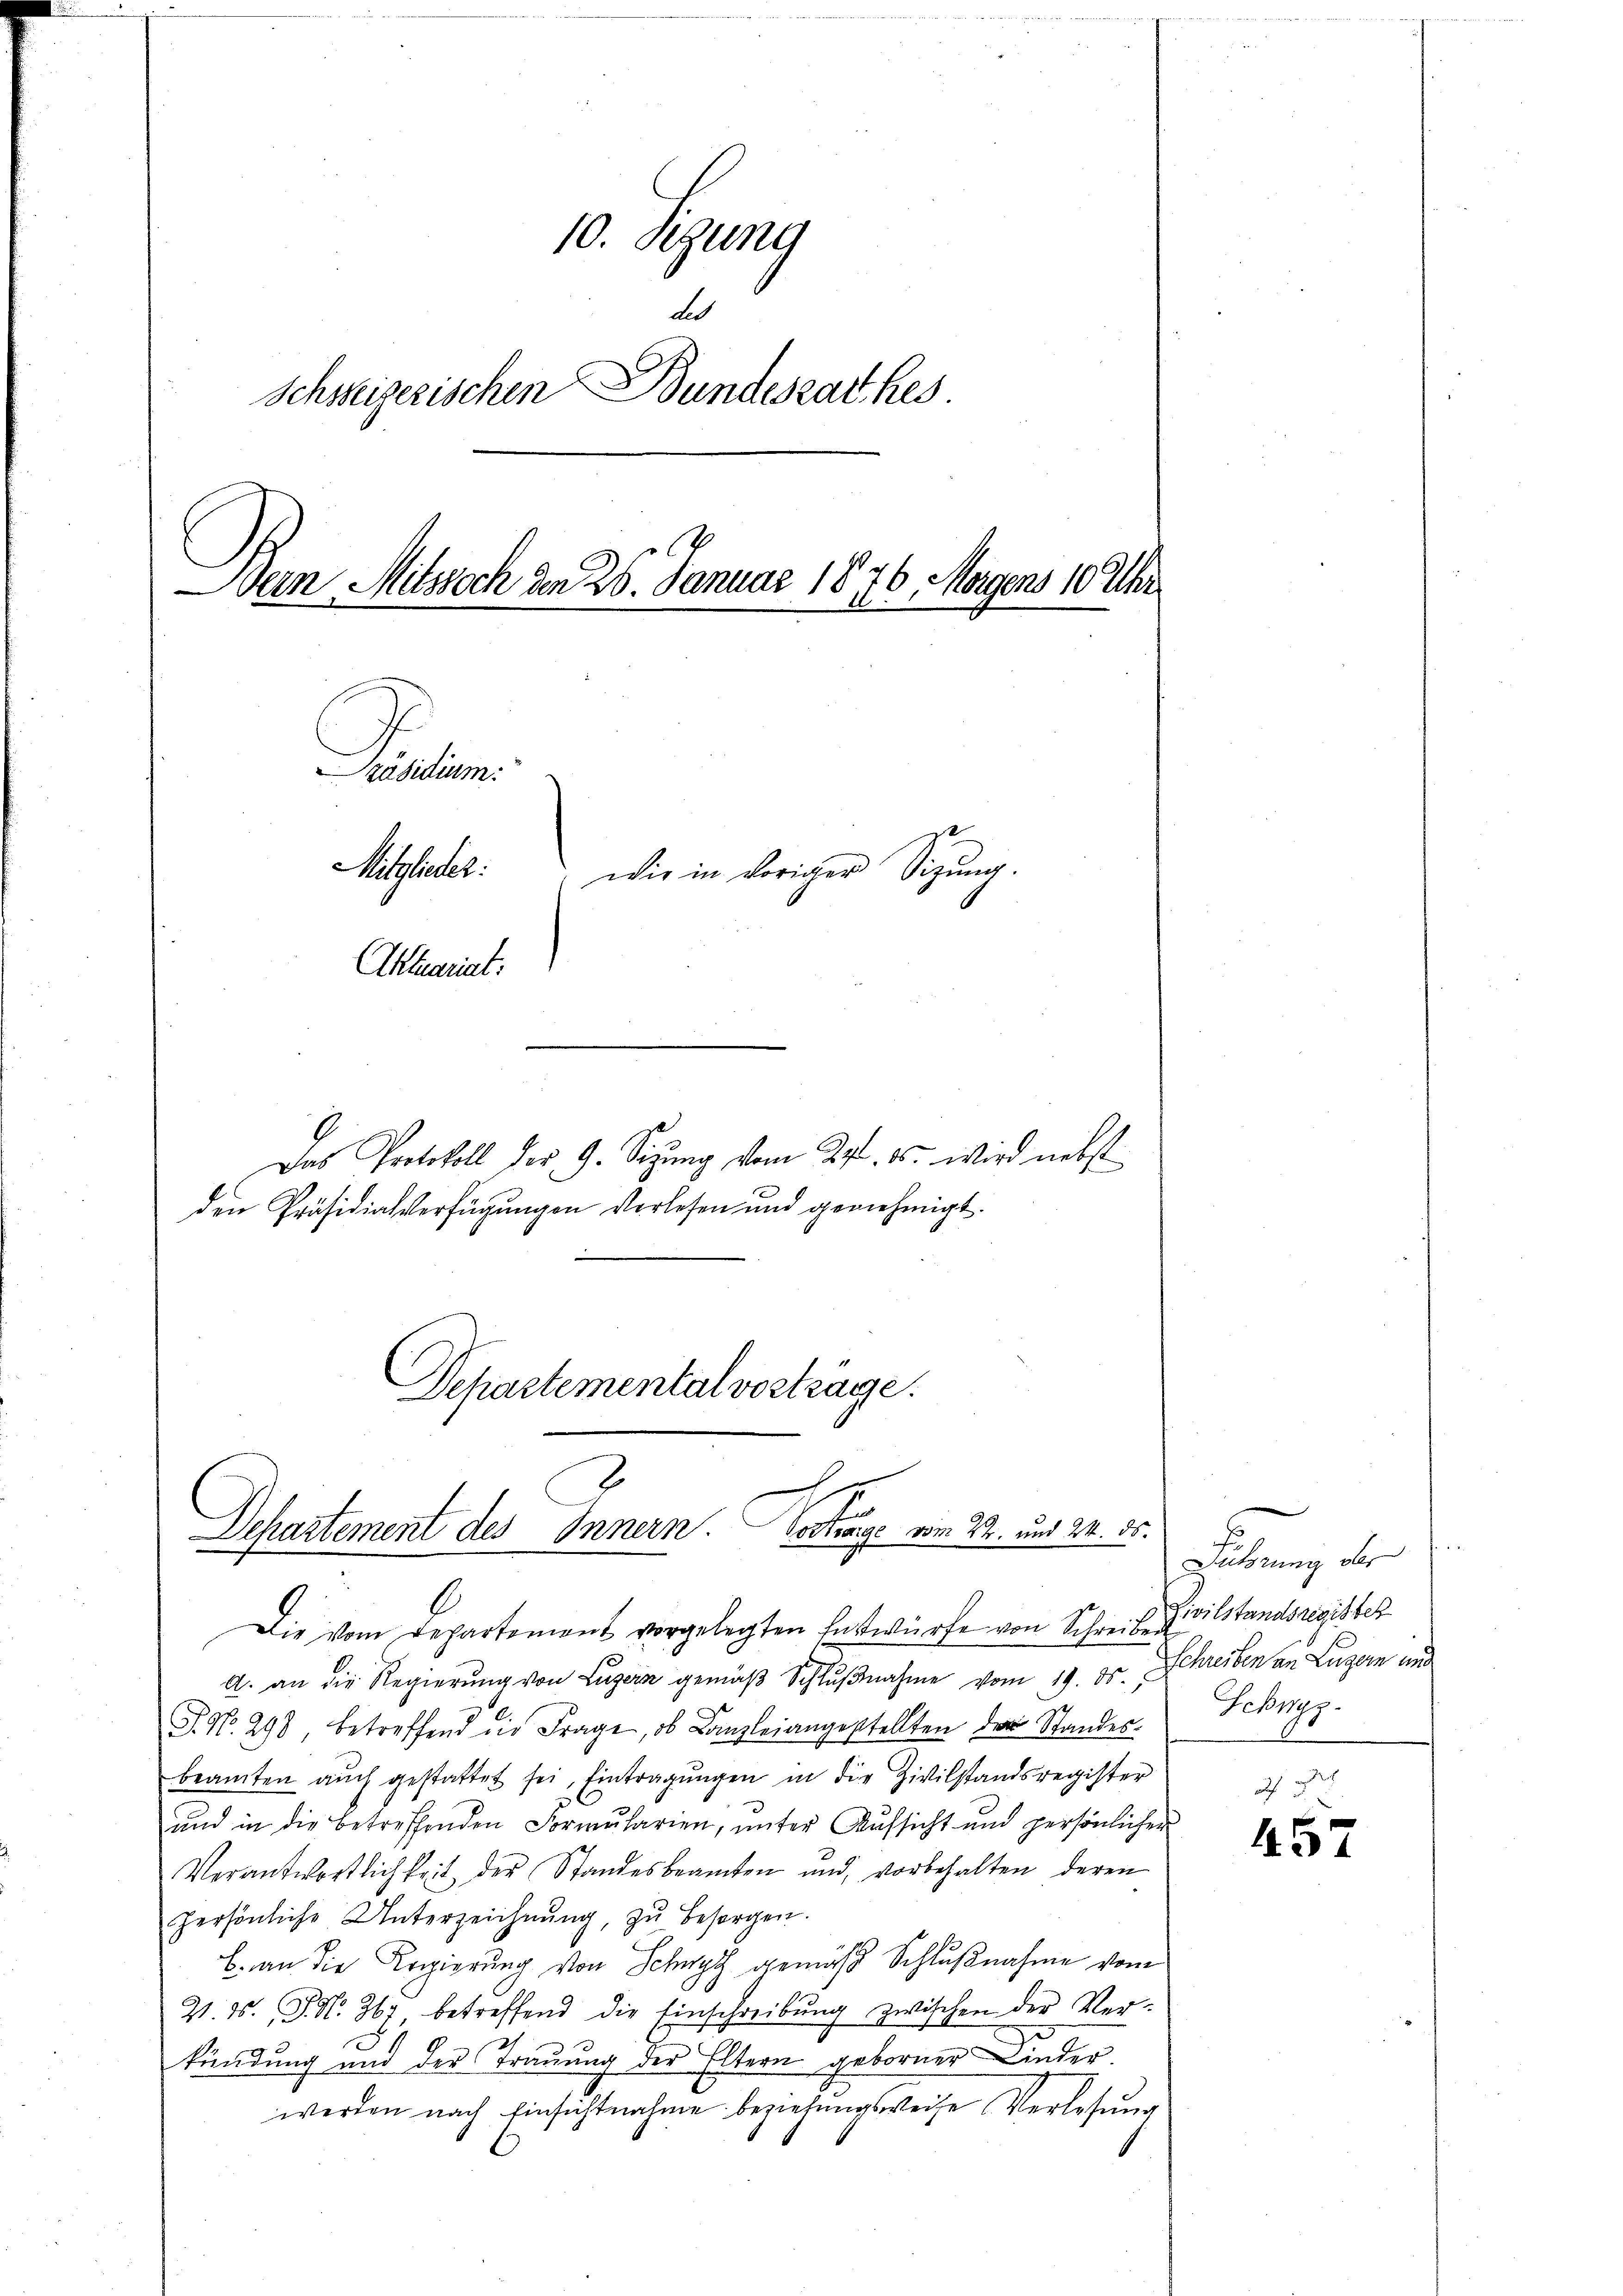
10. Sigung
de
.
bundesrathes.
Schweizerischen
Bein Mitsoch der 26. Januar 1876. Morgens 10 Uhr
Präsidium.
Mitzlater.
 wie in voriger Sitzung.
Aktuariat:

Das Protokoll des 9. Setzung vom 29t. 85. wird nebst
den Präsidialverfügungen vorlesen und genehmigt.
Departemental vortrage.

s
Departement des Innern Vortrage vom 22. und 24. ds.

Die vom Departement vorgelegten Entwürfe von Schreiben
A. an die Regierung von Luzern gemäβ Schlŭβnahme vom 19. ds.
J. No. 298, betreffend die Frage, ob Canzleiangestellten der Standes-
beamten aŭch gestattet sei, Eintragŭngen in die Zivilstandsregister
und in die betreffenden Formularien, unter Aufsicht und persönlicher
Verantwortlichkeit der Standesbeamten und vorbehalten deren
persönliche Unterzeichnung, zu besorgen.
b. an die Regierung von Schwyz gemäss Schlußnahme vom
2. ds. S. 367, betreffend die Einschreibŭng zwischen der Ver-
kündung und der Trauung der Eltern geborner Kinder
werden nach Einsichtnahme beziehungsweise Verlesung

E

Luterung der
Civilstandsregister
Schreiben an Lugern und
Schwyz.

457